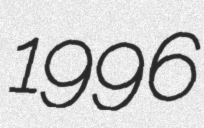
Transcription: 1996